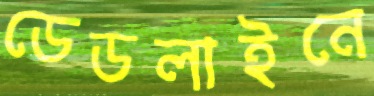
ডেডলাইনে